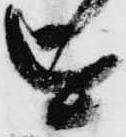
を